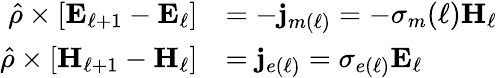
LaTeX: \begin{array}{rl}{\hat{\rho}\times\left[\mathbf{E}_{\ell+1}-\mathbf{E}_{\ell}\right]}&{=-\mathbf{j}_{m(\ell)}=-\sigma_{m}(\ell)\mathbf{H}_{\ell}}\\ {\hat{\rho}\times\left[\mathbf{H}_{\ell+1}-\mathbf{H}_{\ell}\right]}&{=\mathbf{j}_{e(\ell)}=\sigma_{e(\ell)}\mathbf{E}_{\ell}}\end{array}